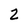
Character: 2